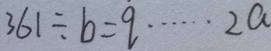
3 6 1 \div b = q \cdots 2 a